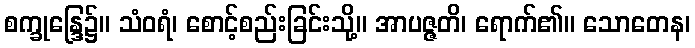
စက္ခုန္ဒြေ၌။ သံဝရံ၊ စောင့်စည်းခြင်းသို့။ အာပဇ္ဇတိ၊ ရောက်၏။ သောတေန၊